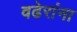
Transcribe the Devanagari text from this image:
वढेरांना